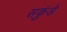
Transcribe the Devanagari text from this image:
सकुंडे